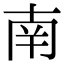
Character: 南